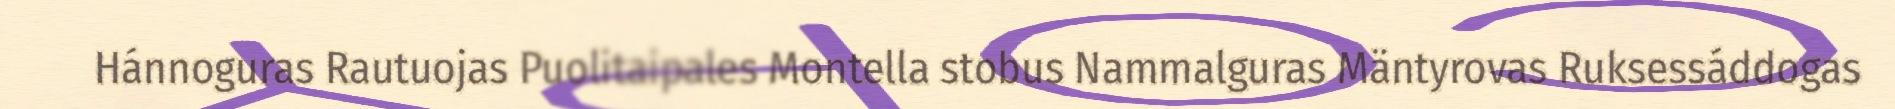
Hánnoguras Rautuojas Puolitaipales Montella stobus Nammalguras Mäntyrovas Ruksessáddogas